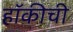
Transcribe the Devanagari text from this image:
हॉकीची